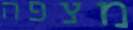
מצפה